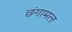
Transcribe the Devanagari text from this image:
छंगामल